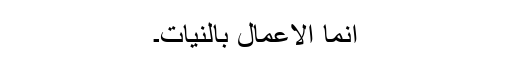
اِنَّمَا الْاَعْمَالُ بِالنِّیَّاتِ۔